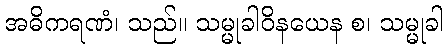
အဓိကရဏံ၊ သည်။ သမ္မုခါဝိနယေန စ၊ သမ္မုခါ